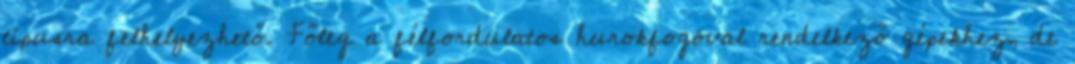
típusra felhelyezhető. Főleg a félfordulatos hurokfogóval rendelkező gépekhez, de